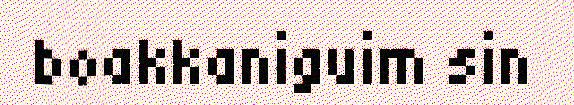
boakkaniguim sin